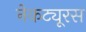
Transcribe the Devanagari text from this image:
नेकट्यूरस